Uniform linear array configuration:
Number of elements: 32
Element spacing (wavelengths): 1
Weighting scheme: hann
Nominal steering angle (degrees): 30
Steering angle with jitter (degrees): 28.286
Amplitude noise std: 0.05
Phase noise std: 0.05

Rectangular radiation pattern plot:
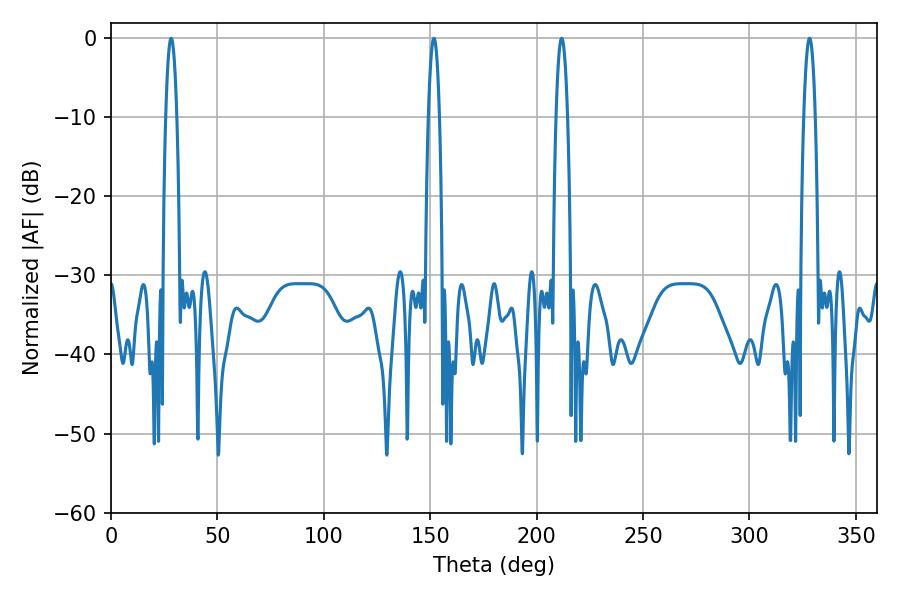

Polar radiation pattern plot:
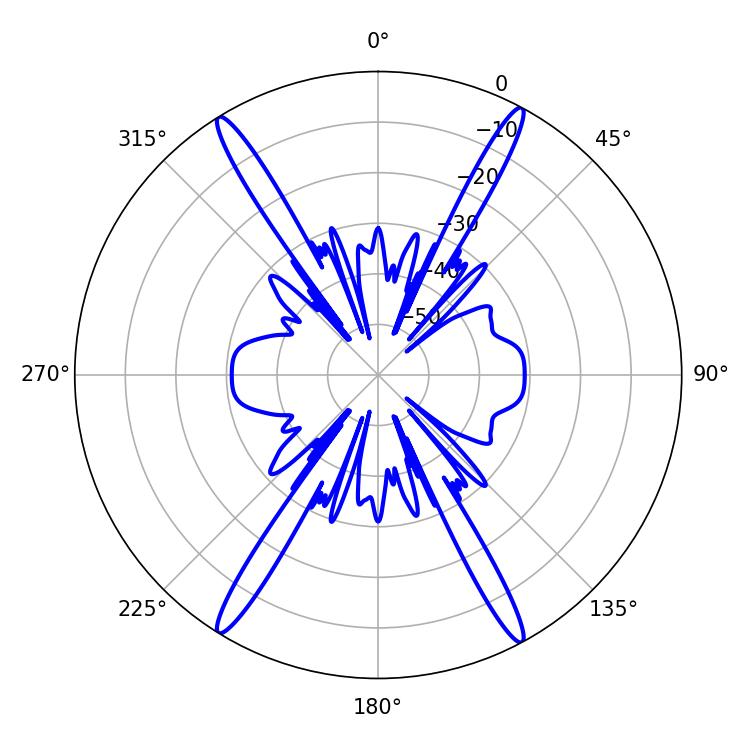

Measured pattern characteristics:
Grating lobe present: TRUE
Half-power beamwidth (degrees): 2.88
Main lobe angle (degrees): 151.74